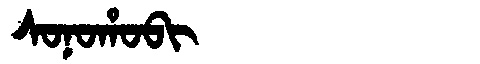
Manchu: ᠰᠣᠨᠣᡥᠣᠪᡳ
Romanization: SONOHOBI